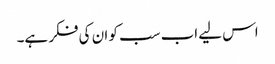
اس لیے اب سب کو ان کی فکر ہے۔